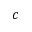
c